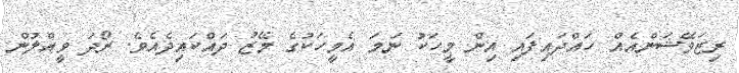
ރިޒަވޭޝަންއެއް ހައްދައިފައި އިން މީހަކު ނަމަ އެމީހަކުގެ މޭޒު ދައްކައިދެއެވެ. ރޯދަ ވީއްލުން